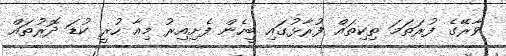
ވާރޭގެ ފުރަތަމަ ތިކިތައް ފުރާޅުގައި ބީހެން ފެށިއިރު މިއާ ހުރީ ކުޑަ ދޮރުތައް